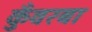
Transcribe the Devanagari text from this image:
कुँवरबा